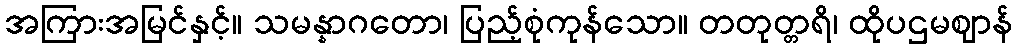
အကြားအမြင်နှင့်။ သမန္နာဂတော၊ ပြည့်စုံကုန်သော။ တတုတ္တရိ၊ ထိုပဌမဈာန်